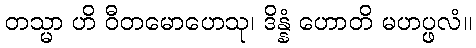
တသ္မာ ဟိ ဝီတမောဟေသု၊ ဒိန္နံ ဟောတိ မဟပ္ဖလံ။